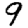
Digit: 9